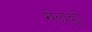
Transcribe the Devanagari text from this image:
खेळादुही